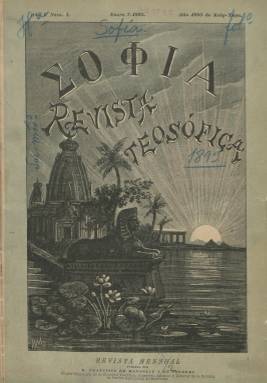
Título: Sophia (Madrid)
Otros títulos: Sofía
Colección: Espiritismo
Ámbito geográfico: Madrid
Lugar de publicación: Madrid
Fechas: 01/01/1893-31/03/1914

Órgano oficial del grupo español de la Sociedad Teosófica y principal revista de este movimiento religioso heterodoxo, entre el periodo finisecular y las primeras décadas del siglo veinte, cofundado, en 1891, por Francisco de Montoliu y de Togores (1861-1892), primogénito de una conocida familia aristocrática legitimista de la época. De difusión interna entre los adeptos blavatskianos, tuvo lectores y colaboradores entre artistas y escritores españoles y círculos del ateneo madrileño. Sophia, además de convertirse en foro periodístico e instrumento de divulgación de la teosofía en España (Santana Villanueva: 2010), sobrepasó su estricto marco orientalista y teosófico para incluir estudios filosóficos, científicos y literarios, siempre relacionados con el orientalismo y los valores defendidos por la teosofía, según López Díaz-Ufano (2011), que ha llevado a cabo su tesis doctoral sobre esta revista.

Su primera entrega corresponde a enero de 1893, comenzando a ser estampada en la madrileña imprenta y litografía de J. Palacios, hasta que publica su última entrega, en marzo de 1914. Su aparición fue mensual, en números que comenzaron siendo de 28 páginas para después aumentarlas, hasta llegar casi al centenar cuando sea bimensual. También insertará láminas, con fotografías de retratos de líderes teosóficos o de la Gran Esfinge, y algunos dibujos y símbolos.

Sus cuadernos llevan una cubierta ilustrada -con la cabecera en caracteres griegos-, en donde se indica que Montoliu, ingeniero, abogado y director de la Escuela de Peritos Agrónomos de Barcelona, fue el primer presidente de la sección española de la Sociedad Teosófica, que había cofundado junto a su amigo José Xifré Hamel (1855-1920). Ambos habían sido previamente los fundadores también de la revista Estudios teosóficos (Barcelona: 1891-1892) considerada antecedente de Sophia, siendo Xifré el financiero de ambas publicaciones. El florecimiento del primer movimiento y la literatura teosófica en España será destacada, apareciendo otras revistas, como Antahkarana = Sendero (Barcelona: 1894-1896), Zanoni (Sevilla: 1921) o Hesperia (Madrid: 1921-1923), así como una miríada de boletines menores, extendiéndose además por provincias como Alicante, Valencia, A Coruña o Tenerife, entre otras.

Tanto Montoliu -que usará el seudónimo Nemo- como Xifré llevaron a cabo también una ingente labor de publicistas, como traductores de textos fundamentales teosóficos y de las obras de Helena Petrovna Blavatsky (1831-1891), fundadora de la Sociedad Teosófica (1875), junto a Henry Olcott (1832-1907), que fue su primer presidente.

Bajo la cabecera de la revista se estampará el lema “no hay religión más elevada que la verdad” y “orientalismo, gnosticismo, kabbalah, ocultismo”, y, además de artículos sobre las doctrinas teosóficas y crónicas e informaciones sobre las actividades del movimiento teosófico tanto en países de Europa como de otros continentes, publicará textos sobre la reencarnación, el espiritismo, la mitología hindú, el budismo, el nirvana, el karma, el simbolismo, el zodiaco, la masonería, la astrología, el ocultismo, el magnetismo o el hipnotismo (Celma Valero: 1991). La revista publicará traducidos un gran número de textos de Blavatsky (muchas veces con las iniciales H.P.B), y tendrá la sección Revista de prensa y otra de bibliografía.

Además de José Melian, tres de sus colaboradores, Viriato Díaz-Pérez y Martín (1875-1958), Rafael Urbano (1870-1924) o Manuel Treviño y Villa, también dirigirán la revista. Este último, traductor y egiptólogo y cofundador de la rama madrileña en 1893, de la que fue secretario, será fusilado, acusado de masón, a los 74 años, junto a su hija, por las tropas franquistas, el 17 de diciembre de 1939. Otros colaboradores fueron Edmundo González Blanco (1879-1938), Mario Roso de Luna (1872-1931), Leopoldo Lugones (1874-1938), José Roviralta Borell o M. de Molinos, apareciendo otros textos bajo las firmas de Arturo Soria y Mata (1844-1920) o Ramiro de Maeztu (1875-1936).

Con paginación continuada anual, elabora índices de sus contenidos cada año. Volverá a aparecer de forma irregular entre 1924 y 1925, y se fusionará con El Loto blanco (Barcelona: 1917), para seguir publicándose con el título Teosofía, entre 1932 y 1934.

Además de las citadas, referencias bibliográficas sobre la revista y la teosofía en España son las de San Román Sevillano (1995), Salazar Anglada (2000), Morales Benítez (2003), Pomes Vives (2006), Louzao Villar (2008), Santana Villanueva (2010) y la tesis doctoral de Penalva Mora (2013), entre otras.